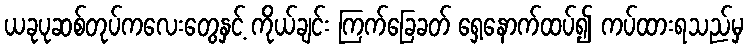
ယခုပုဆစ်တုပ်ကလေးတွေနှင့် ကိုယ်ချင်း ကြက်ခြေခတ် ရှေ့နောက်ထပ်၍ ကပ်ထားရသည်မှ